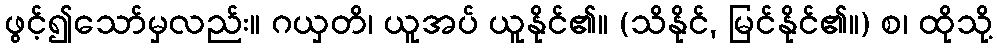
ဖွင့်၍သော်မှလည်း။ ဂယှတိ၊ ယူအပ် ယူနိုင်၏။ (သိနိုင်, မြင်နိုင်၏။) စ၊ ထိုသို့